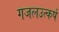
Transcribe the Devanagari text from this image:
गजलउत्कर्ष